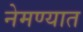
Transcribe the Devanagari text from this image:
नेमण्‍यात